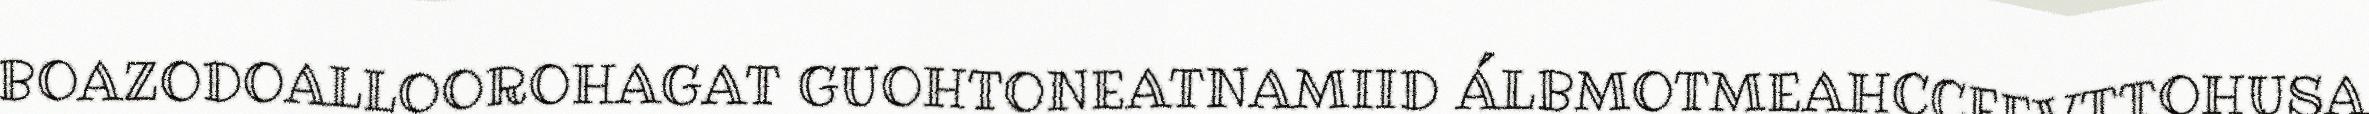
BOAZODOALLOOROHAGAT GUOHTONEATNAMIID ÁLBMOTMEAHCCEEVTTOHUSA